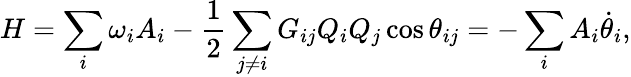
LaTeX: H=\sum_{i}\omega_{i}A_{i}-\frac{1}{2}\sum_{j\neq i}G_{ij}Q_{i}Q_{j}\cos\theta_{ij}=-\sum_{i}A_{i}\dot{\theta}_{i},